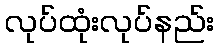
လုပ်ထုံးလုပ်နည်း